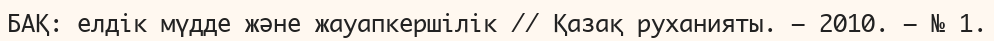
БАҚ: елдік мүдде және жауапкершілік // Қазақ руханияты. – 2010. – № 1.